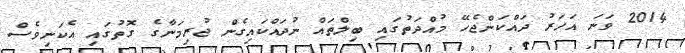
2014 ވަނަ އަހަރު ދައްކަންޖެހޭ މުއްދަތުގައި ބިލްތައް ނުދައްކައިގެން ޖުރިމަނާގެ ގޮތުގައި އެކަނިވެސް